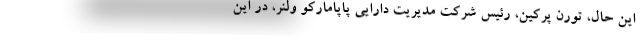
این حال، تورن پرکین، رئیس شرکت مدیریت دارایی پاپامارکو ولنر، در این